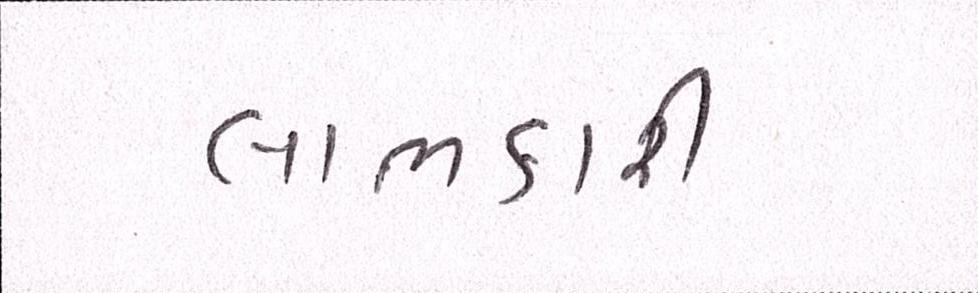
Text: લાભકારી